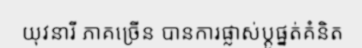
យុវនារី ភាគច្រើន បានការផ្លាស់ប្តូផ្នត់គំនិត